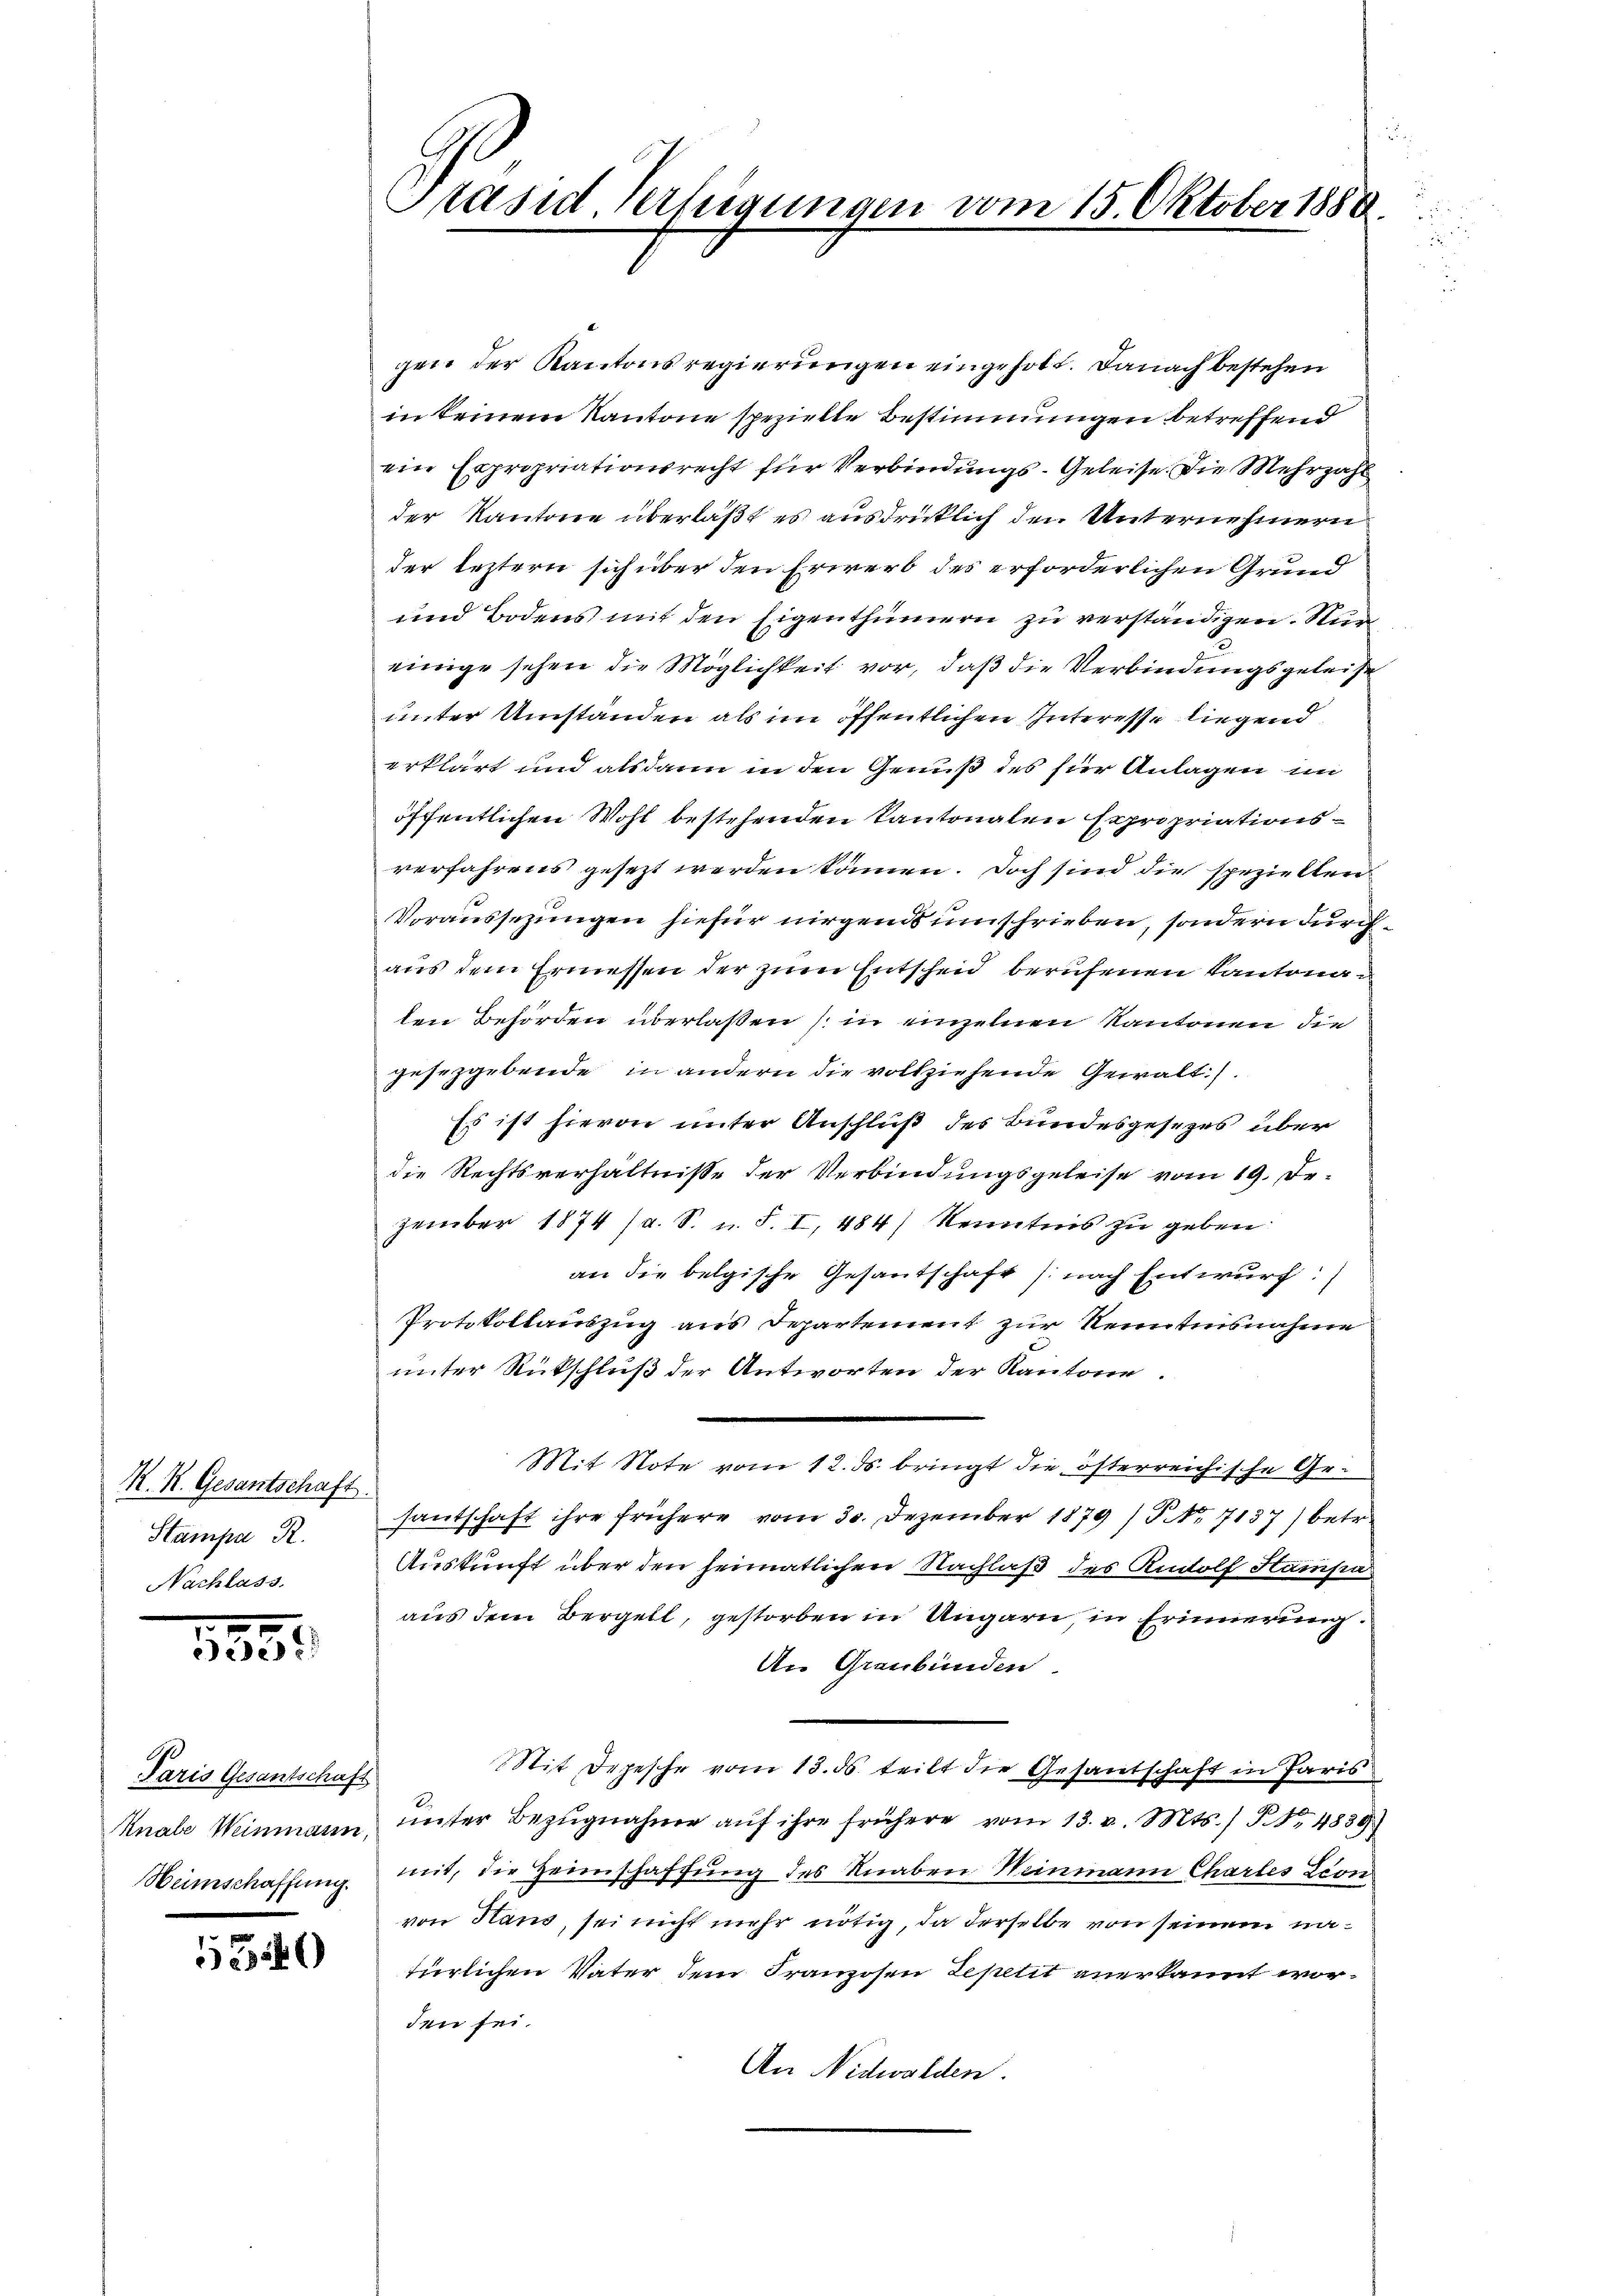
K. K. Gesantschaft
Stampa R.
Nachlass.

.
530

Paris Gesantschaft
Knale Weinmann,
Heimschaffung.

1546

Präsid Verheigungen vom 15. Oktober 1880.

gen der Kantonsregierungen eingeholt. Danach bestehen
in keinem Kantone spezielle Bestimmungen betreffend
ein Expropriationsrecht für Verbindungs-Geleise. Die Mehrzahl
der Kantone überlaßt es ausdrücklich den Unternehmern
der leztern sich über den Erwerb des erforderlichen Grund
und Bodens mit den Eigenthümern zu verständigen. Nur
einige sehen die Möglichkeit vor, daß die Verbindungsgeleiste
unter Umstanden als im öffentlichen Interesse liegend
erklärt und alsdann in den Genuß des hier Anlagen im
öffentlichen Wohl bestehenden Kantonalen Expropriationsverfahrens gesezt werden können. Doch sind die speziellen
Voraussezungen hiefür nirgends umschrieben, sondern durchaus dem Ermessen der zum Entscheid berufenen Kantonalen Behörden überlaßen / in einzelnen Kantonen die
gesetzgebende in andern die vollziehende Gewalt
Es ist hievon unter Anschluß des Bundesgesetzes über
die Rechtsverhältnisse der Verbindungsgeleise vom 19. De-
zember 1874 (s. S. u. S. I, 484) Kenntnis zu geben:
an die belgische Gesantschaft (nach Entwurf:
Protokollauszug aus Departement zur Kenntnisnahme
unter Rükschluß der Antworten der Kantone
Mit Note vom 12. ds. bringt die österreichische Gr.
santschaft ihre frühere vom 30. Dezember 1879 / NNo. 7137) betr.
Auskunft über den heimatlichen Nachlaß des Rudolf Hampa
aus dem Bergell, gestorben in Ungarn in Erinnerung.
An Graubünden.
Mit Depesche vom 13. ds. teilt die Gesantschaft in Paris
unter Bezugnahme auf ihre frühere vom 13. v. Mts. S. 4839)
mit, die Heimschaffung des Knaben Weinmann Chartes Leon
von Haus, sei nicht mehr nötig, da derselbe von seinem natürlichen Vater dem Franzosen Repetit anerkannt worden sei.
An Nidwalden.